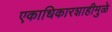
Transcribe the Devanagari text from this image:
एकाधिकारशाहीमुळे